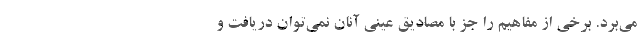
می‌برد. برخی از مفاهیم را جز با مصادیق عینی آنان نمی‌توان دریافت و